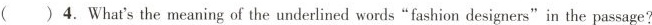
( )4. What's the meaning of the underlined words"fashion designers"in the passage?